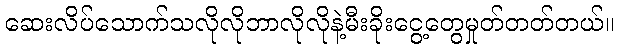
ဆေးလိပ်သောက်သလိုလိုဘာလိုလိုနဲ့မီးခိုးငွေ့တွေမှုတ်တတ်တယ်။